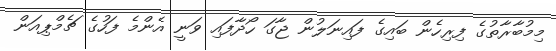
މިމުބާރާތުގެ ފިރިހެން ބައިގެ ފައިނަލުން ޖާގަ ހޯދާފައި ވަނީ އެންމެ ފަހުގެ ޗެމްޕިއަން